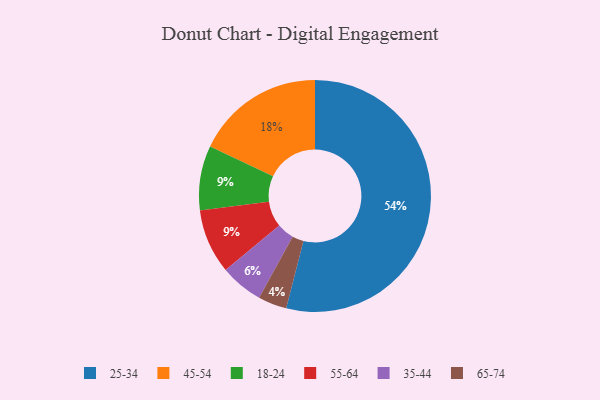
{"axis": {"x": "Category", "y": "Percentage"}, "legend": ["18-24", "25-34", "35-44", "45-54", "55-64", "65-74"], "data": [{"x": "35-44", "y": 6, "type": "35-44"}, {"x": "65-74", "y": 4, "type": "65-74"}, {"x": "18-24", "y": 9, "type": "18-24"}, {"x": "45-54", "y": 18, "type": "45-54"}, {"x": "55-64", "y": 9, "type": "55-64"}, {"x": "25-34", "y": 54, "type": "25-34"}]}